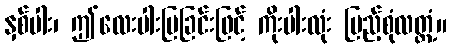
နှစ်ပါး၊ ဤလေးပါးပြခြင်းဖြင့် ကိုးပါးလုံး ပြည့်စုံလတ္တံ့။